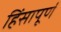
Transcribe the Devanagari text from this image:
हिंसापूर्ण